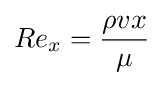
Re_{x}={\frac {\rho vx}{\mu }}